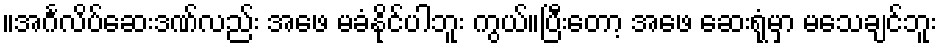
။အင်္ဂလိပ်ဆေးဒဏ်လည်း အဖေ မခံနိုင်ပါဘူး ကွယ်။ပြီးတော့ အဖေ ဆေးရုံမှာ မသေချင်ဘူး